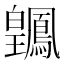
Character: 𬐑